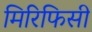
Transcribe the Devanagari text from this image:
मिरिफिसी